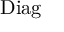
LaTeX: \mathrm { D i a g }